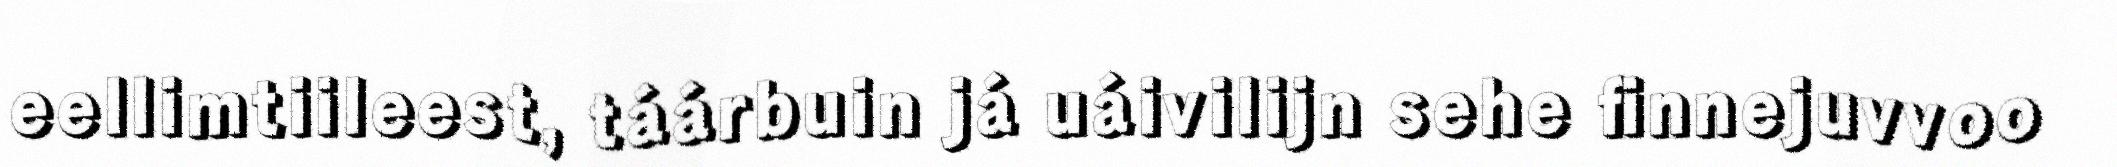
eellimtiileest, táárbuin já uáivilijn sehe finnejuvvoo